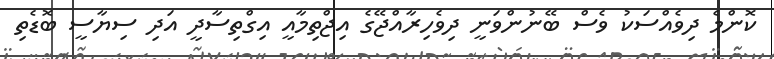
ކޮންމެ ދިވެއްސަކު ވެސް ބޭނުންވަނީ ދިވެހިރާއްޖޭގެ އިޖްތިމާއީ އިގްތިސާދީ އަދި ސިޔާސީ ބޮޑެތި